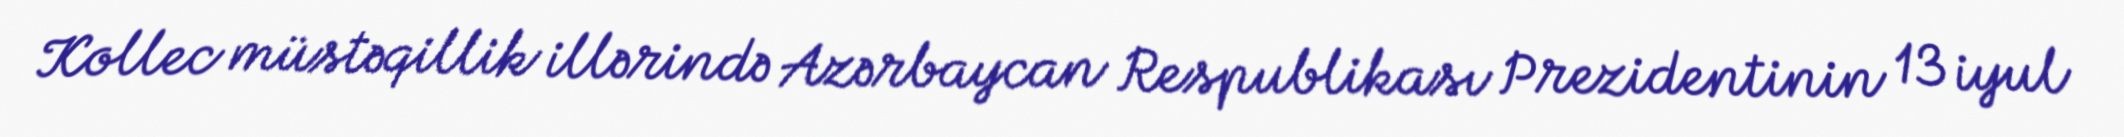
Kollec müstəqillik illərində Azərbaycan Respublikası Prezidentinin 13 iyul